Leaving Certificate Examination, 1920
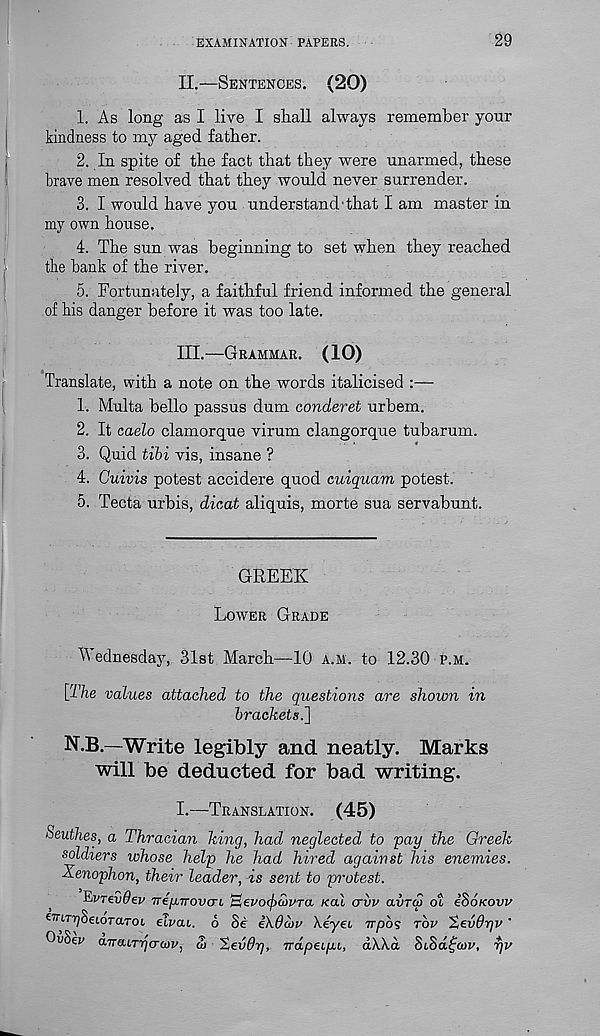
EXAMINATION PAPERS.
29
II.
—
1. As long as I live I shall always remember your
kindness to my aged father.
2. In spite of the fact that they were unarmed, these
brave men resolved that they would never surrender.
3. I would have you understand that I am master in
my own house.
4. The sun was beginning to set when they reached
the hank of the river.
5. Fortunately, a faithful friend informed the general
of his danger before it was too late.
III.
—
Translate, with a note on the words italicised :—
1. Multa hello passus dum conderet urbem.
2. It caelo clamorque virum clangorque tubarum.
3. Quid tibi vis, insane ?
4. Cuivis potest accidere quod cuiquam potest.
5. Tecta urbis, dicat aliquis, morte sua servabunt.
GREEK
Lower Grade
Wednesday, 31st March—10 a.m. to 12.30 p.m.
{The values attached to the questions are shown in
brackets.]
N.B.-—Write legibly and neatly. Marks
will be deducted for bad writing.
I.—Translation. (45)
Seuthes, a Thracian king, had neglected to 'pay the Greek
soldiers whose help he had hired against his enemies.
Xenophon, their leader, is sent to protest.
FrTevOev Tre/xTroucrt ^evoipaiVTa koI crvv avrcy ot iSoKow
triTrjbeujTaroL elvai. 6 Se iXOwu Xeyei irpoq rbv 'tevdyv '
OuSey ancuTr]cra)v, S> "Zevdy], Trapeiyi, dXka. SiSdfcoz', yv